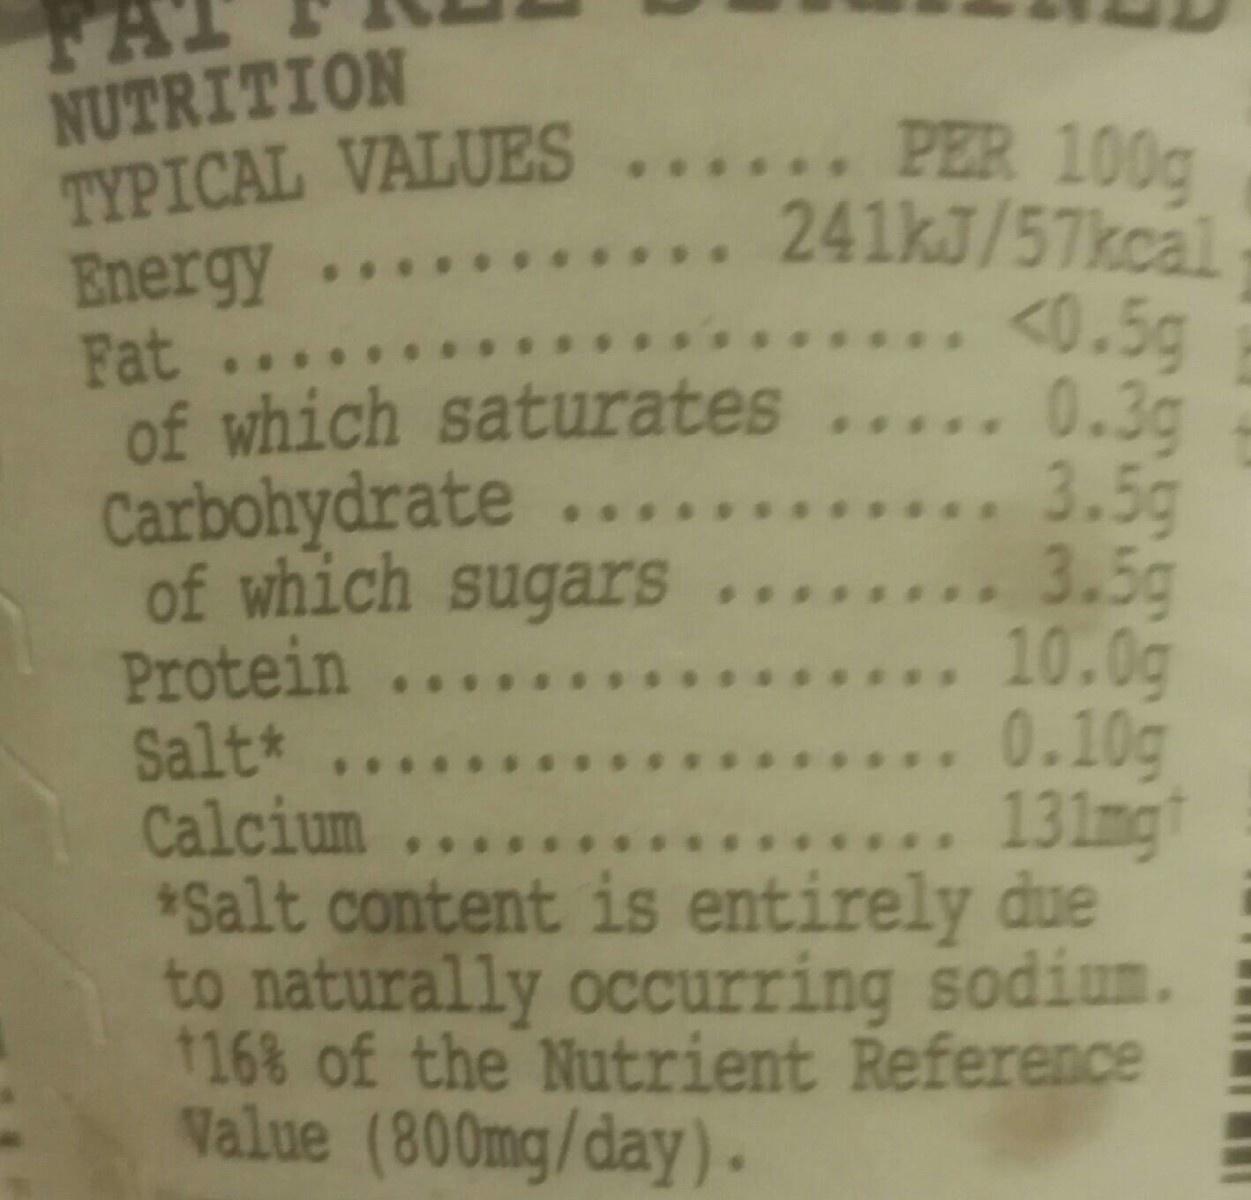
TA NUTRITION TYPICAL VALUES...... PER 100g Energy Fat .... of which saturates ..... 0.3g Carbohydrate ... of which sugars Protein ... Salt* Calcium .. *Salt content is entirely due to naturally occurring sodium. 168 of the Nutrient Reference Value (800mg/day).
241kJ/57kcal .. <0.5g
... 3.5g 3.5g .. 10.0g ..0.10g ..131mgt
..
..